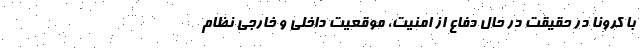
با کرونا در حقیقت در حال دفاع از امنیت، موقعیت داخلی و خارجی نظام